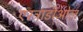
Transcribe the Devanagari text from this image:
एस्ट्राडीओल